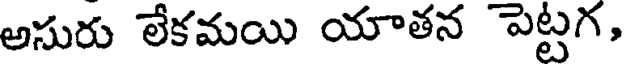
అసురు లేకమయి యాతన పెట్టగ,